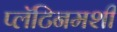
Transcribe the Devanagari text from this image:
प्लॅटिनमशी